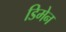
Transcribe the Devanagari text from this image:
डिमेन